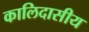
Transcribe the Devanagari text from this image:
कालिदासीय